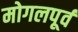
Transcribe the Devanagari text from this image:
मोगलपूर्व